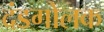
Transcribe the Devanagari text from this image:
दंडगोलक